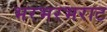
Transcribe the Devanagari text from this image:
भरभरभराट